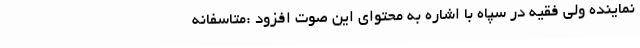
نماینده ولی فقیه در سپاه با اشاره به محتوای این صوت افزود :متاسفانه